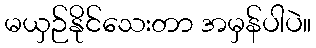
မယှဉ်နိုင်သေးတာ အမှန်ပါပဲ။